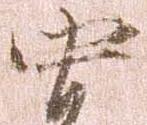
中